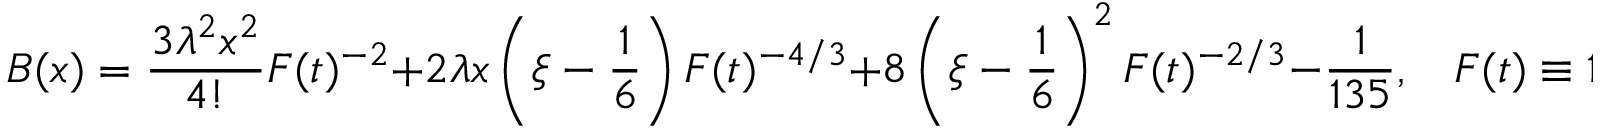
B ( x ) = \frac { 3 \lambda ^ { 2 } x ^ { 2 } } { 4 ! } F ( t ) ^ { - 2 } + 2 \lambda x \left( \xi - \frac { 1 } { 6 } \right) F ( t ) ^ { - 4 / 3 } + 8 \left( \xi - \frac { 1 } { 6 } \right) ^ { 2 } F ( t ) ^ { - 2 / 3 } - \frac { 1 } { 1 3 5 } , \ \ \ \ F ( t ) \equiv 1 - \frac { 3 \lambda t } { ( 4 \pi ) ^ { 2 } } .